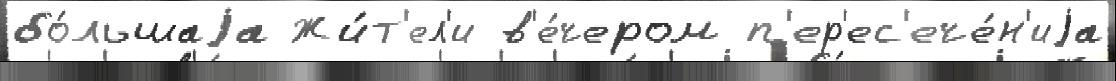
бо́льшаjа Жи́т'ел'и в'е́чером п'ер'ес'ече́н'иjа